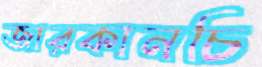
জারকানচি